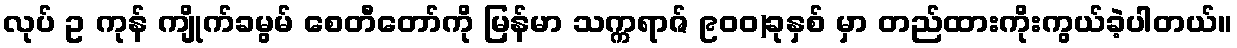
လုပ် ဥ ကုန် ကျိုက်ခမွမ် စေတီတော်ကို မြန်မာ သက္ကရာဇ် ၉၀၀)ခုနှစ် မှာ တည်ထားကိုးကွယ်ခဲ့ပါတယ်။